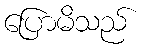
ပြောမိသည်